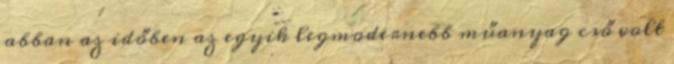
abban az időben az egyik legmodernebb műanyag cső volt